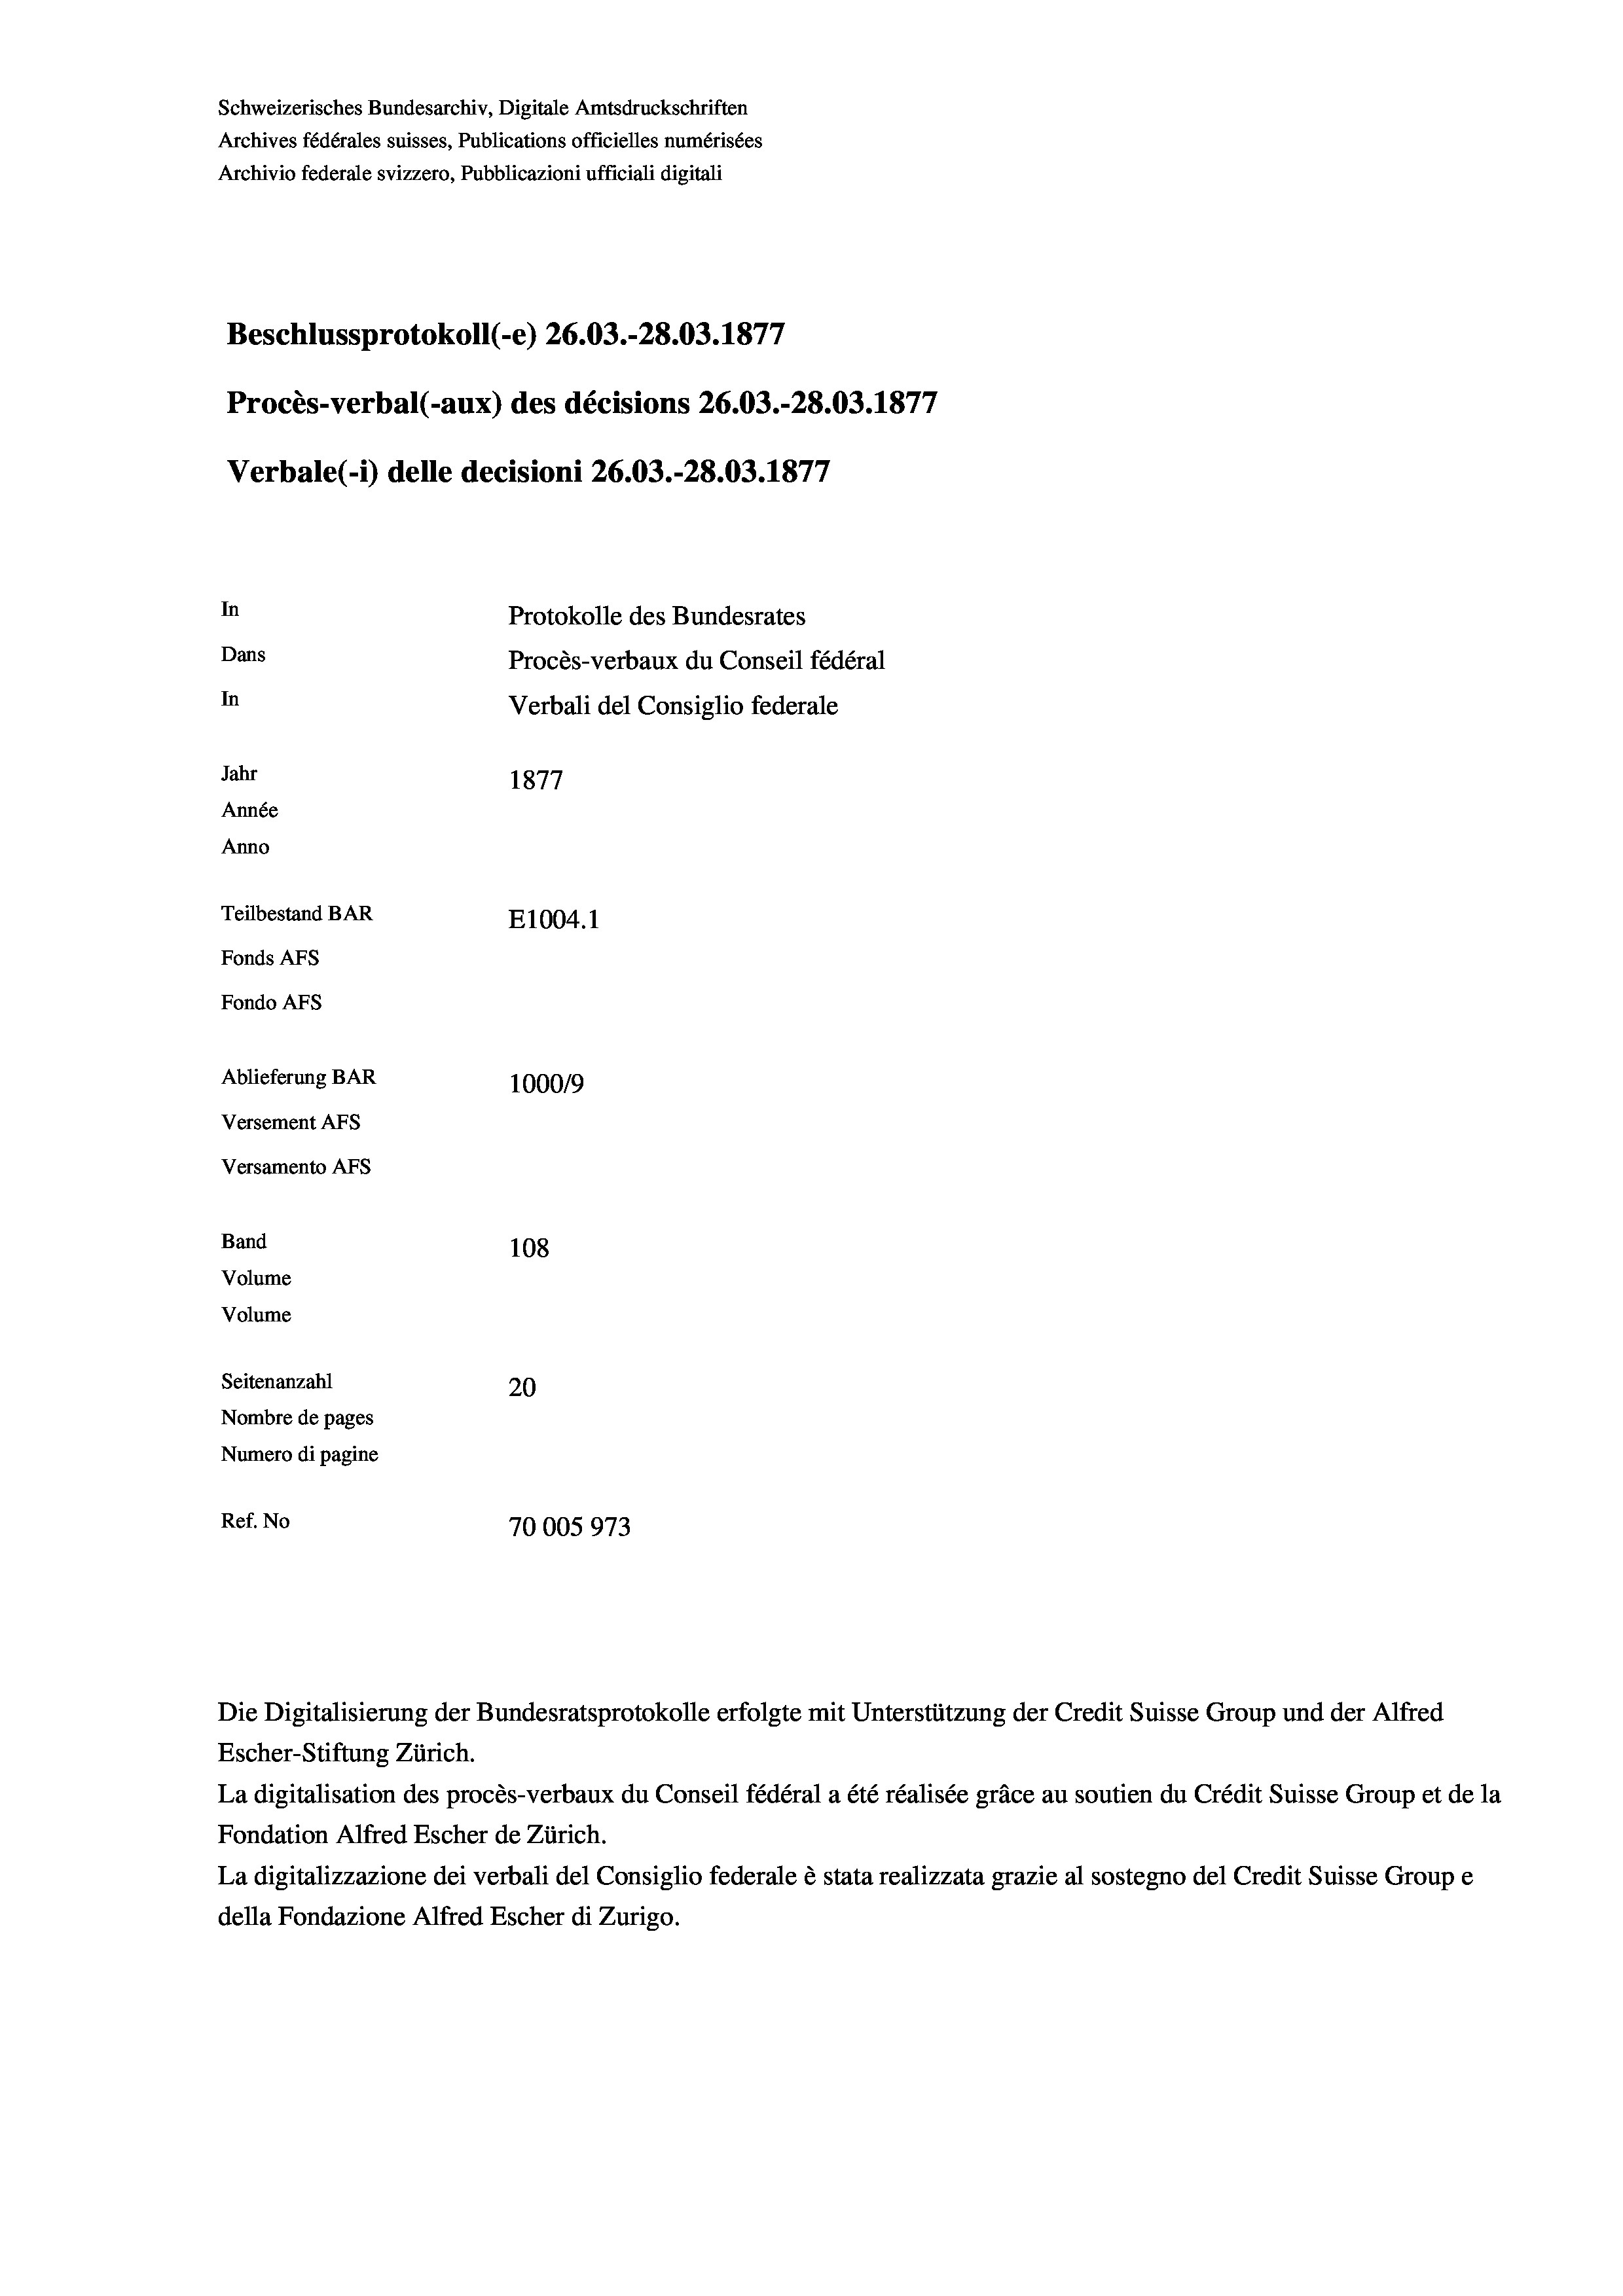
Schweizerisches Bundesarchiv, Digitale Amtsdruckschriften
Archives fédérales suisses, Publications officielles numérisées
Archivio federale svizzero, Pubblicazioni ufficiali digitali
Beschlussprotokoll (-e) 26.03.-28.03. 1877
Procès-verbal (-aux) des décisions 26.03.-28.03. 1877
Verbale (- 1) delle decisioni 26.03.-28.03. 1877
In
Protokolle des Bundesrates
Dans
Procès-verbaux du Conseil fédéral
In
Verbali del Consiglio federale
Jahr
1877
Année
Anno
Teilbestand BAR
E1004.1
Fonds AFs
Fondo AFS
Ablieferung BAR
100019
Versement AFs
Versamento Afs
Band
108
Volume

Volume
Seitenanzahl
20
Nombre de pages
Numero di pagine
Ref. No
70005973

Die Digitalisierung der Bundesratsprotokolle erfolgte mit Unterstützung der Credit Suisse Group und der Alfred

Escher-Stiftung Zürich.
La digitalisation des procès-verbaux du Conseil fédéral a été réalisée gräce au soutien du Crédit Suisse Group et de la
Fondation Alfred Escher de Zürich.
La digitalizzazione dei verbali del Consiglio federale è stata realizzata grazie al sostegno del Credit Suisse Groupe
della Fondazione Alfred Escher di Zurigo.